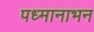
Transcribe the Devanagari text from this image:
पध्मानाभन